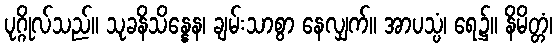
ပုဂ္ဂိုလ်သည်။ သုခနိသိန္နေန၊ ချမ်းသာစွာ နေလျှက်။ အာပသ္ပံ၊ ရေ၌။ နိမိတ္တံ၊